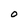
Character: 0